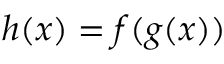
h ( x ) = f ( g ( x ) )